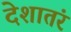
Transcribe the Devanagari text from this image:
देशातंर